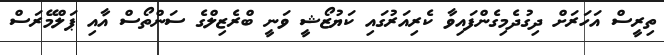
ތިރީސް އަހަރަށް ދިގުދެމިގެންފައިވާ ކެރިއަރުގައި ކަޔުޒޯޝީ ވަނީ ބްރެޒިލްގެ ސަންތޯސް އާއި ޕަލްމޭރަސް